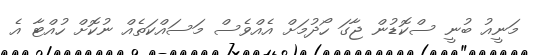
މަނީއު ބުނީ ސްކޮޑުން ޖާގަ ހޯދުމަށް އެއްވެސް މަސައްކަތެއް ނުކޮށް ހުއްޓާ އެ